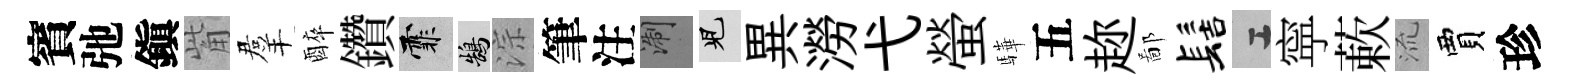
賓弛鎭觜羣醉鑽霏鵠淙筆注浙兒異澇弋螢驊五趂鄙髻工寜蔌𣴑賈珍